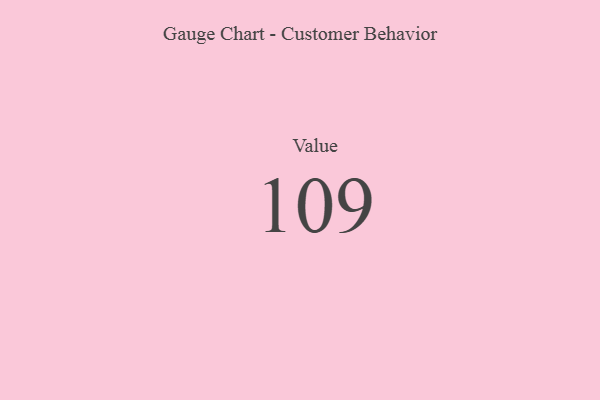
{"axis": {"x": "Metric", "y": "Value"}, "legend": [""], "data": [{"x": "Value", "y": 109, "type": ""}]}